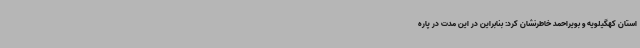
استان کهگیلویه و بویراحمد خاطرنشان کرد: بنابراین در این مدت در پاره